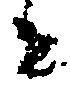
者